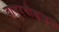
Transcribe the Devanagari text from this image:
वायुरधोक्षजः।।